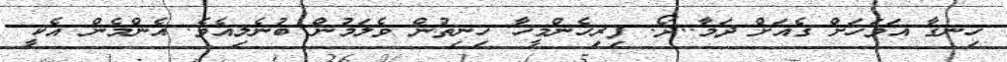
ހިނގާ އަވަހަށް ގެއަށް ދަމާ..ދޯ. ފިރިހެންމީހާ ހިނިތުން ވެލަމުން ބުނެލިއެވެ. އެންމެން އެކީ